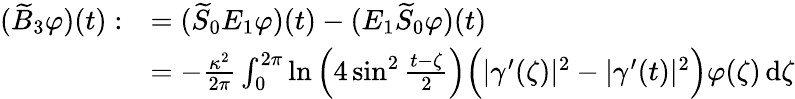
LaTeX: \begin{array}{rl}{(\widetilde{B}_{3}\varphi)(t):}&{=(\widetilde{S}_{0}E_{1}\varphi)(t)-(E_{1}\widetilde{S}_{0}\varphi)(t)}\\ &{=-\frac{\kappa^{2}}{2\pi}\int_{0}^{2\pi}\ln\Big(4\sin^{2}\frac{t-\zeta}{2}\Big)\Big(|\gamma^{\prime}(\zeta)|^{2}-|\gamma^{\prime}(t)|^{2}\Big)\varphi(\zeta)\, \mathrm{d}\zeta}\end{array}